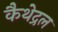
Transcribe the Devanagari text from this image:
कैथेद्रल